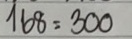
168 = 300